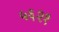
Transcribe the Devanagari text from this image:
५६२१